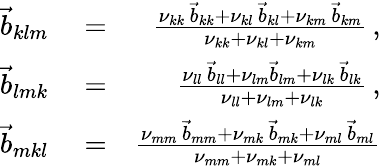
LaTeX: \begin{array}{rlr}{\vec{b}_{klm}}&{{}=}&{\frac{\nu_{kk}\, \vec{b}_{kk}+\nu_{kl}\, \vec{b}_{kl}+\nu_{km}\, \vec{b}_{km}}{\nu_{kk}+\nu_{kl}+\nu_{km}}\, ,}\\ {\vec{b}_{lmk}}&{{}=}&{\frac{\nu_{ll}\, \vec{b}_{ll}+\nu_{lm}\vec{b}_{lm}+\nu_{lk}\, \vec{b}_{lk}}{\nu_{ll}+\nu_{lm}+\nu_{lk}}\, ,}\\ {\vec{b}_{mkl}}&{{}=}&{\frac{\nu_{mm}\, \vec{b}_{mm}+\nu_{mk}\, \vec{b}_{mk}+\nu_{ml}\, \vec{b}_{ml}}{\nu_{mm}+\nu_{mk}+\nu_{ml}}}\end{array}